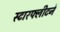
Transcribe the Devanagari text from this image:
स्टारफ्लीटने